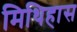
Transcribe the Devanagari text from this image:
मिथिहास